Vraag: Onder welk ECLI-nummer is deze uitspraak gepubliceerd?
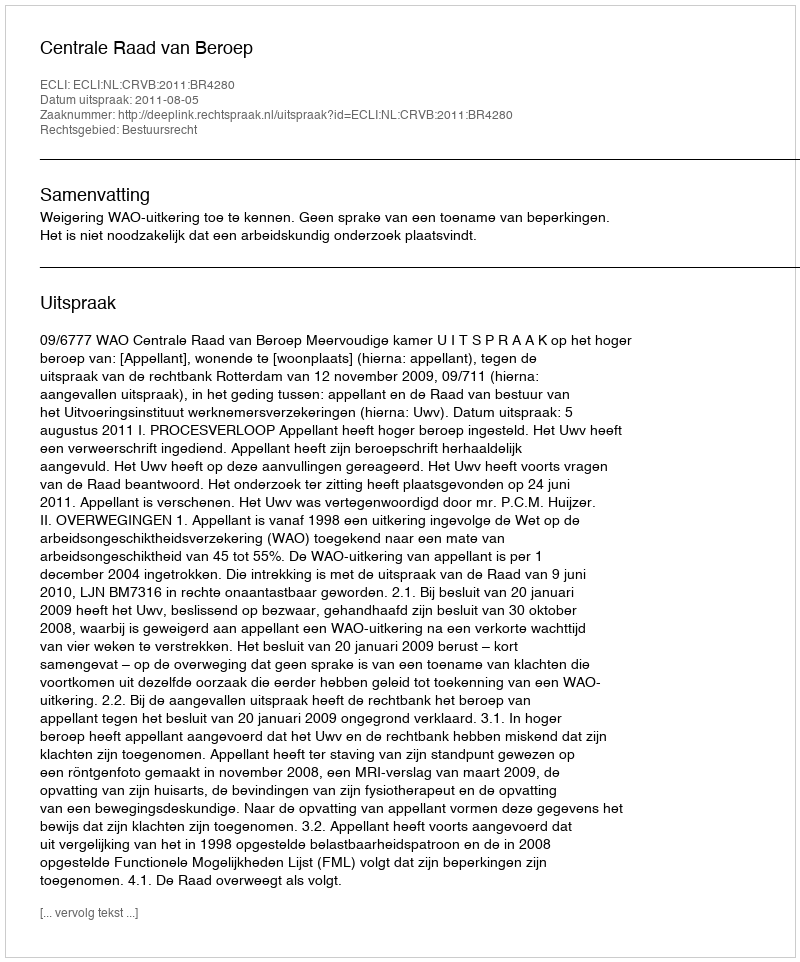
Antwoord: ECLI:NL:CRVB:2011:BR4280